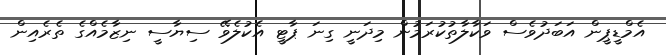
އެމްޑީޕީން އަބަދުވެސް ވަކާލާތުކުރަމުން މިދަނީ ގިނަ ޕާޓީ އެކުލެވޭ ސިޔާސީ ނިޒާމެއްގެ ތެރެއިން